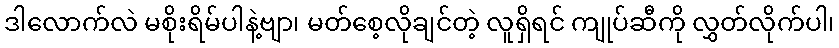
ဒါလောက်လဲ မစိုးရိမ်ပါနဲ့ဗျာ၊ မတ်စေ့လိုချင်တဲ့ လူရှိရင် ကျုပ်ဆီကို လွှတ်လိုက်ပါ၊